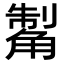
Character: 𧤊